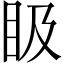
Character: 𥄫